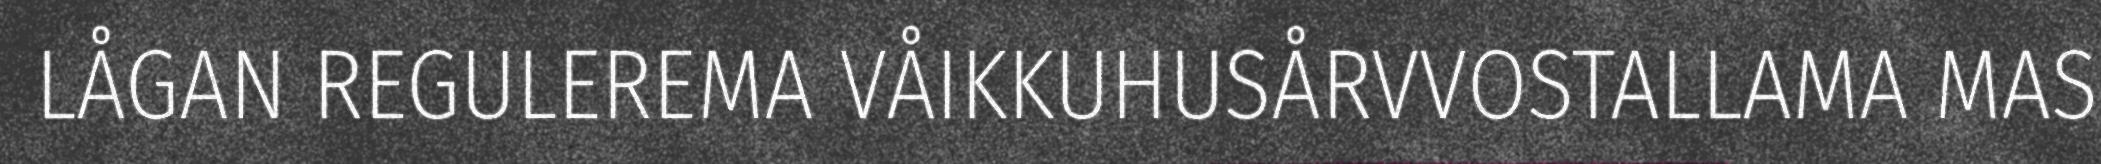
LÅGAN REGULEREMA VÅIKKUHUSÅRVVOSTALLAMA MAS